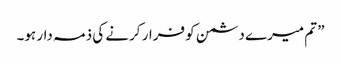
” تم میرے دشمن کو فرار کرنے کی ذمہ دار ہو۔